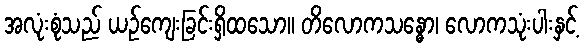
အလုံးစုံသည် ယဉ်ကျေးခြင်းရှိထသော။ တိလောကသန္ဓော၊ လောကသုံးပါးနှင့်